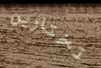
تختارين